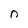
Character: n